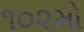
૧૦૨મો